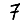
Digit: 7